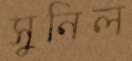
সুনিল